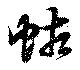
蛄